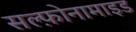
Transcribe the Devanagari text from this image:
सल्फ़ोनामाइड